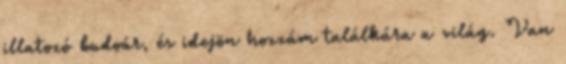
illatozó budoár, és idejön hozzám találkára a világ. Van